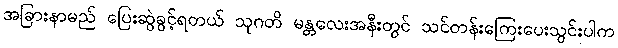
အခြားနာမည် ပြေးဆွဲခွင့်ရတယ် သုဂတိ မန္တလေးအနီးတွင် သင်တန်းကြေးပေးသွင်းပါက